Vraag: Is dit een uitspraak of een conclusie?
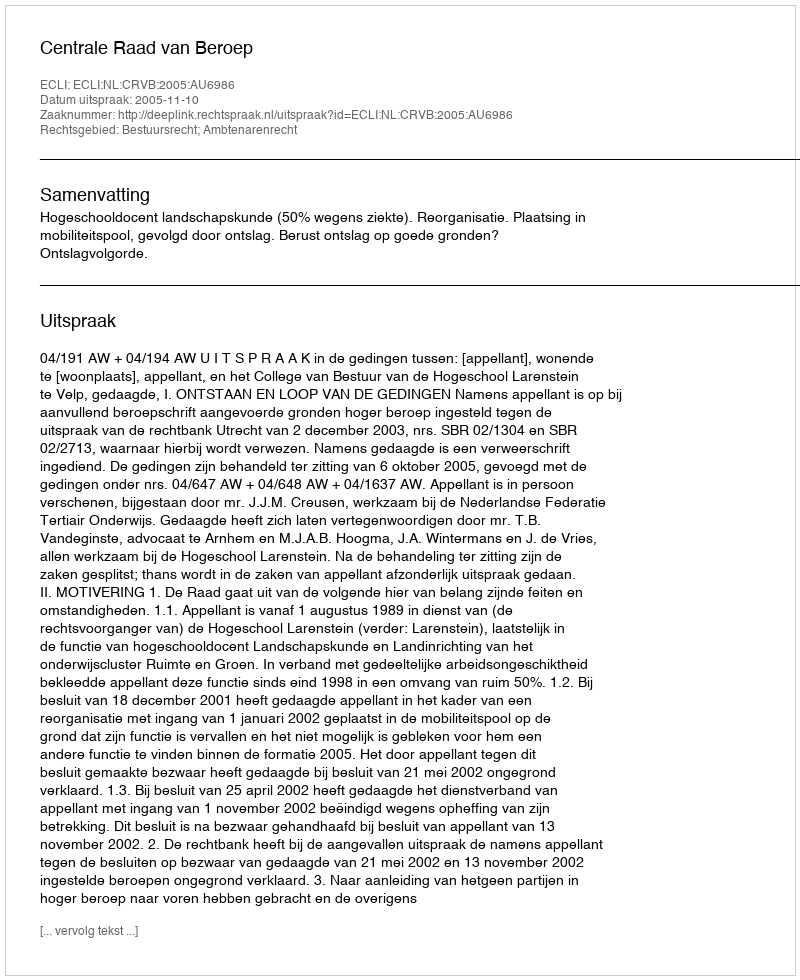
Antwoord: Uitspraak